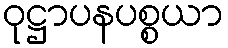
ဝုဋ္ဌာပနပစ္စယာ